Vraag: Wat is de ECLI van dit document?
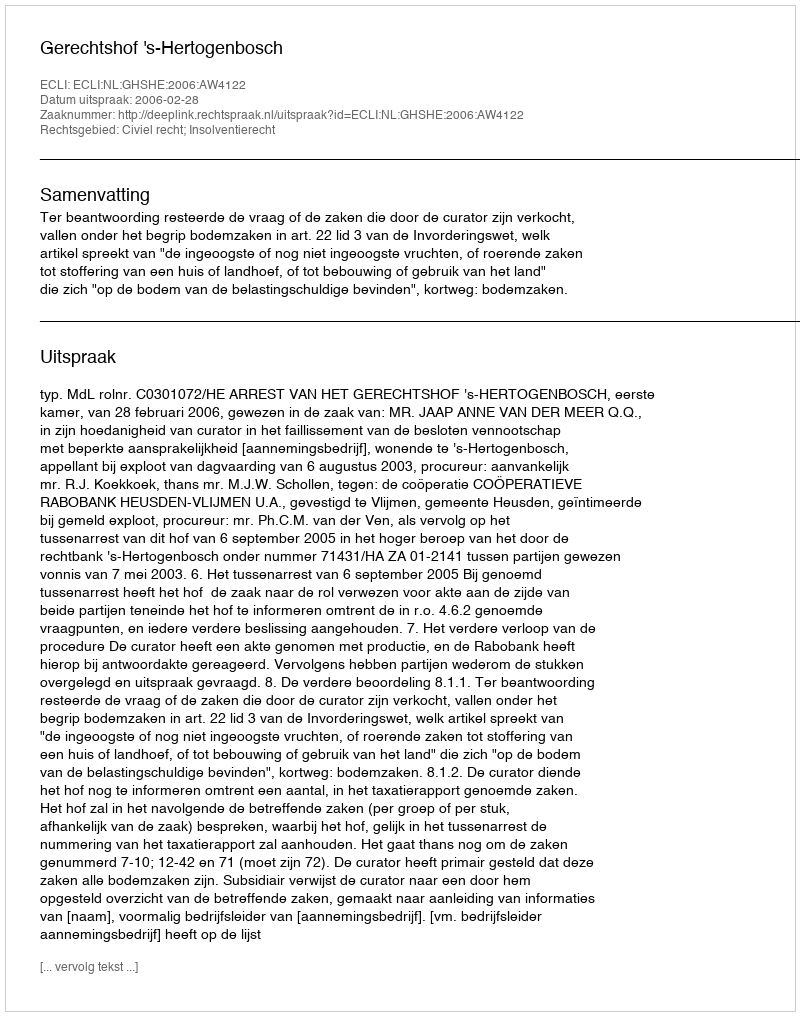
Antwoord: ECLI:NL:GHSHE:2006:AW4122